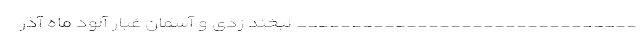
_______________________________ لبخند زدی و آسمان غبار آلود ماه آذر